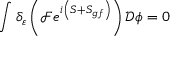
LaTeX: \int \delta _ { \varepsilon } \left( { \mathcal { F } } e ^ { i \left( S + S _ { g f } \right) } \right) { \mathcal { D } } \phi = 0